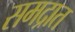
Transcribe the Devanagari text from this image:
समद्रात